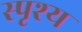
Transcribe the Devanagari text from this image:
स्पृश्‍य